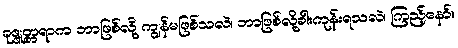
ခုဇ္ဇုတ္တရာက ဘာဖြစ်လို့ ကျွန်မဖြစ်သလဲ၊ ဘာဖြစ်လို့ခါးကုန်းရသလဲ၊ ကြည့်နော်။